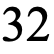
32